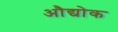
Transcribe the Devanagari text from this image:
औद्योक